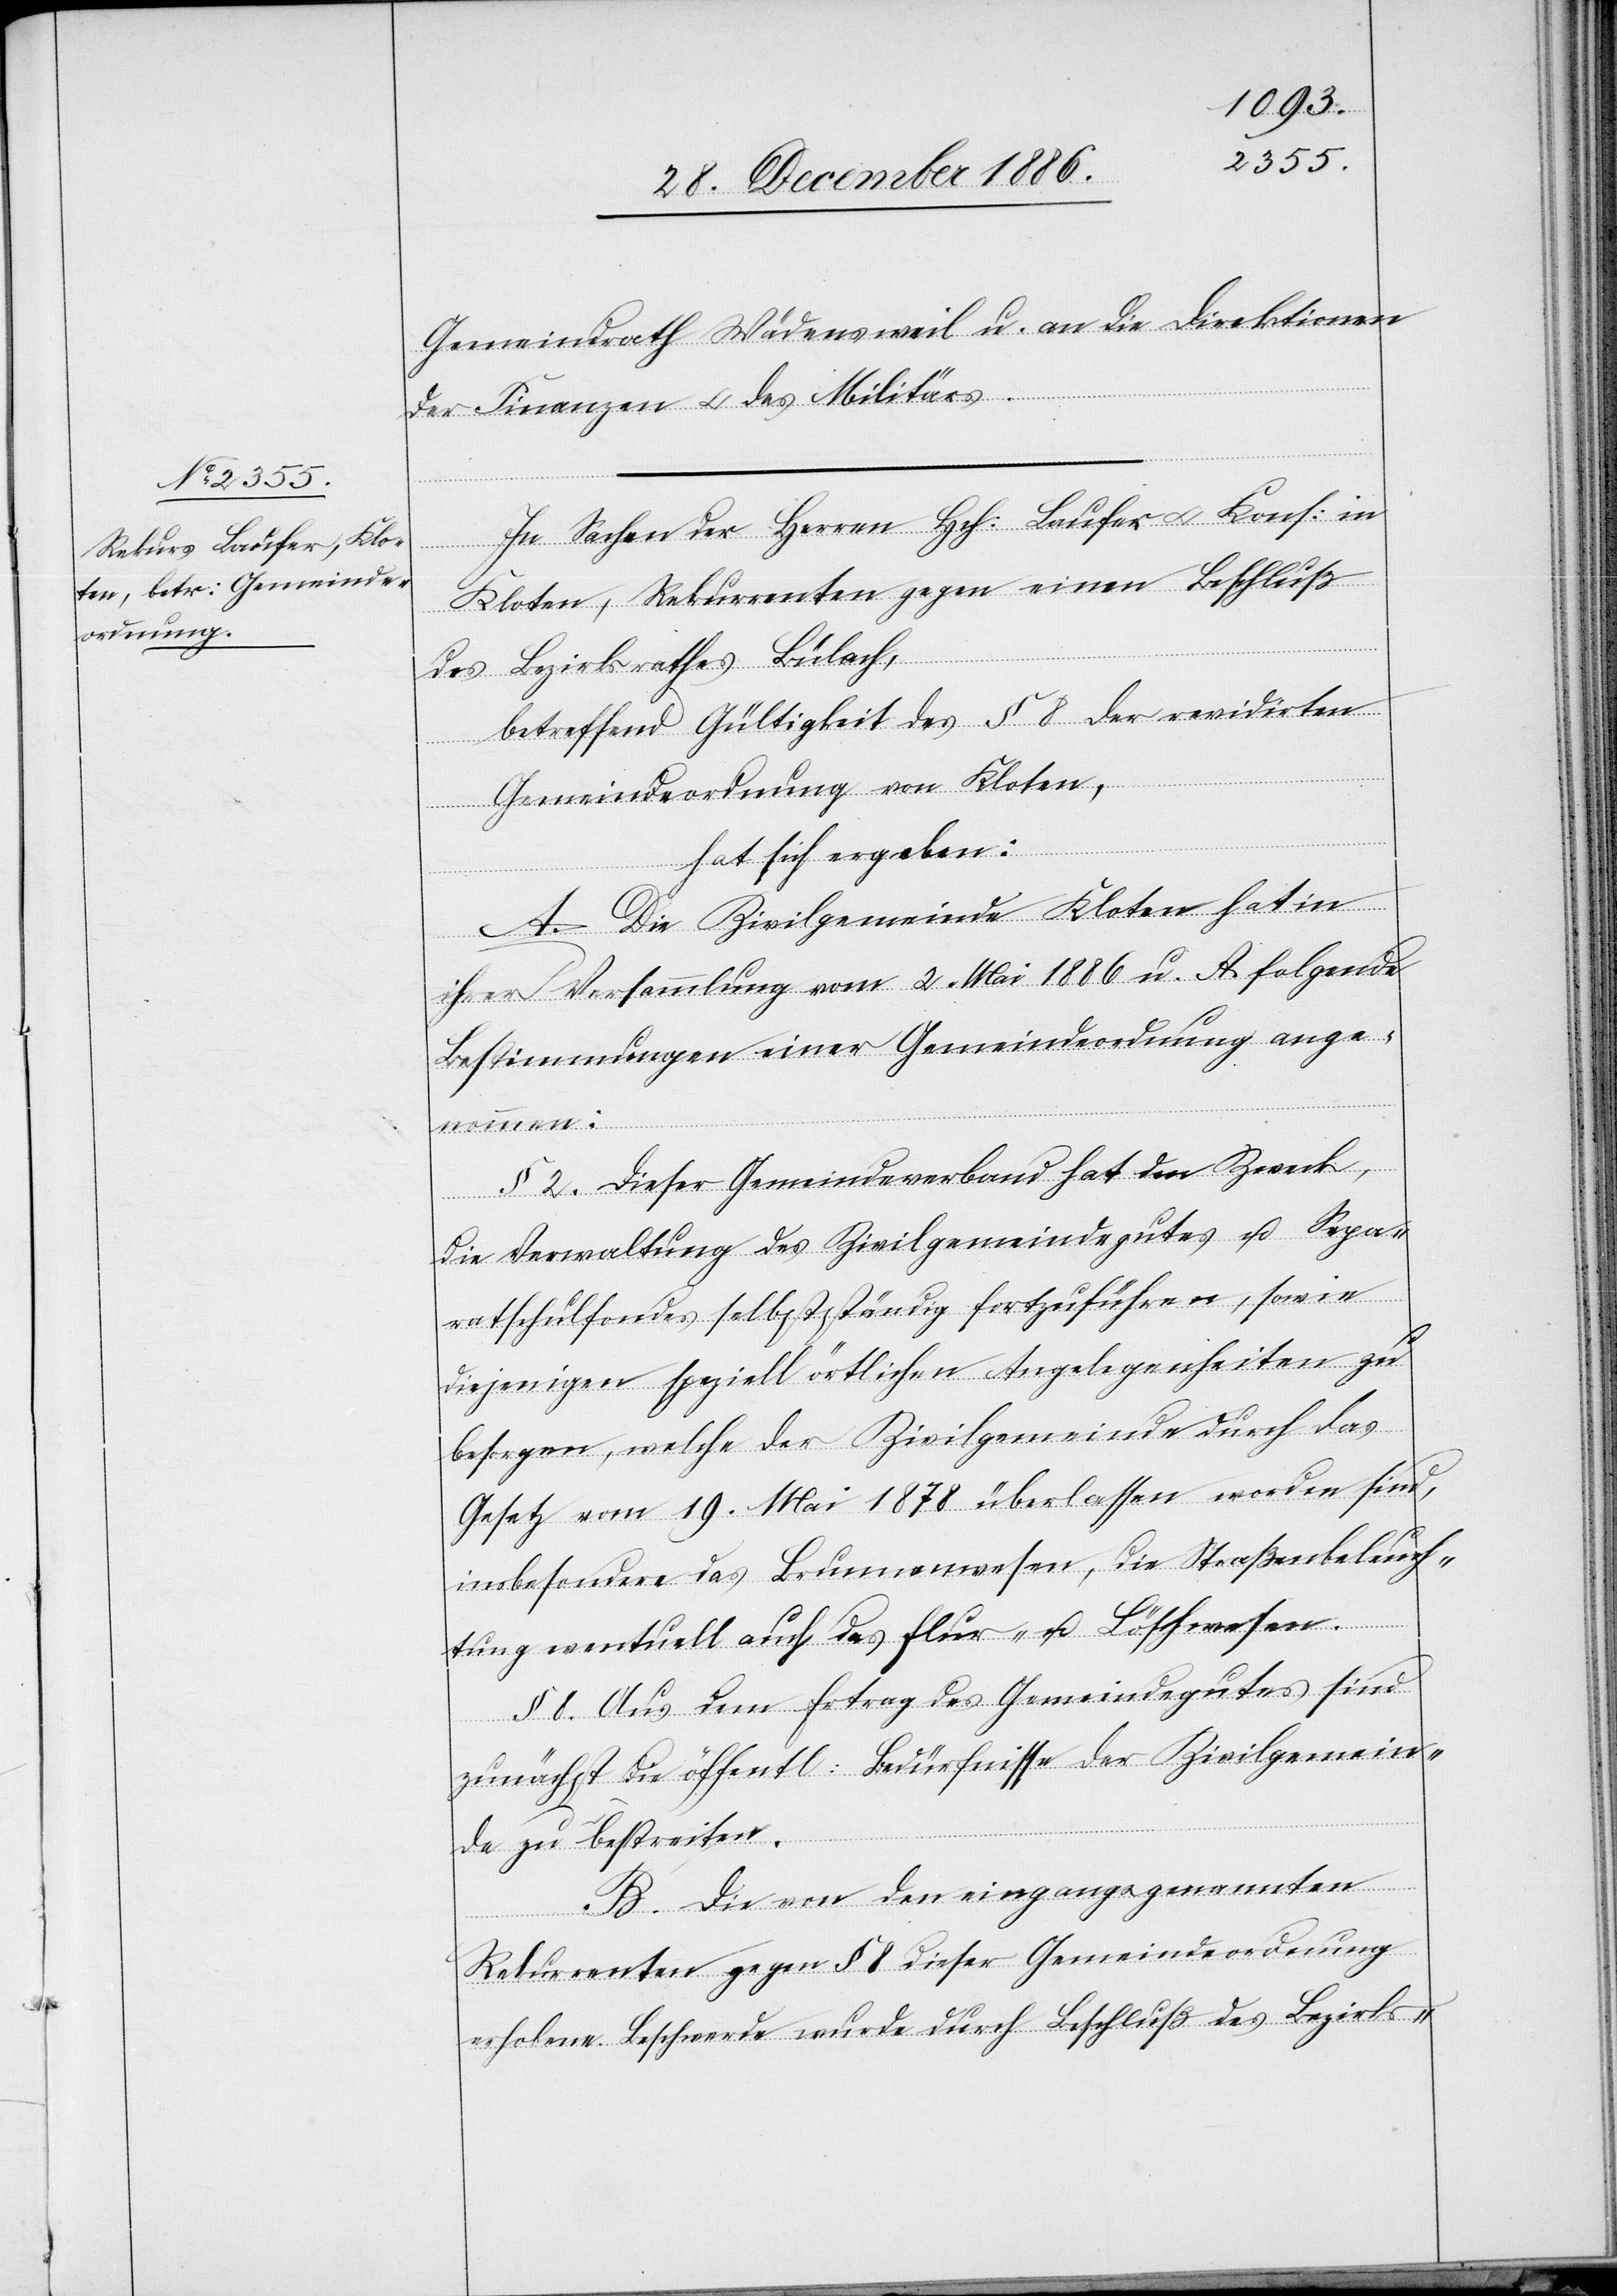
Gemeindrath Wädensweil u. an die Direktionen
der Finanzen & des Militärs.
In Sachen der Herren Hch: Laufer & Kons: in
Kloten, Rekurrenten gegen einen Beschluß
des Bezirksrathes Bülach,
betreffend Gültigkeit des § 8 der revidirten
Gemeindeordnung von Kloten,
hat sich ergeben:
A. Die Zivilgemeinde Kloten hat in
ihrer Versammlung vom 2. Mai 1886 u. A. folgende
Bestimmungen einer Gemeindeordnung ange¬
nommen:
§ 2. Dieser Gemeindeverband hat den Zweck,
die Verwaltung des Zivilgemeindegutes u. Sepa¬
ratschulfondes selbstständig fortzuführen, sowie
diejenigen speziell örtlichen Angelegenheiten zu
besorgen, welche der Zivilgemeinde durch das
Gesetz vom 19. Mai 1878 überlassen worden sind,
insbesondere das Brunnenwesen, die Straßenbeleuch¬
tung eventuell auch das Flur- u. Löschwesen.
§ 8. Aus dem Ertrag des Gemeindegutes sind
zunächst die öffentl: Bedürfnisse der Zivilgemein¬
de zu bestreiten.
B. Die von den eingangs genannten
Rekurrenten gegen § 8 dieser Gemeindeordnung
erhobene Beschwerde wurde durch Beschluß des Bezirks-